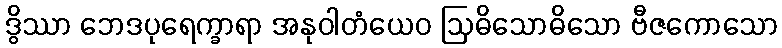
ဒွိဿာ ဘေဒပုရေက္ခာရာ အနုဝါတံယေဝ ဩဓိသောဓိသော ဗီဇကောသော